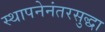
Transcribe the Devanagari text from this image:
स्थापनेनंतरसुद्धा